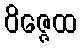
ဝိဇ္ဇေထ